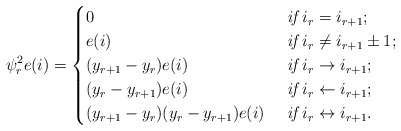
\begin{align*} \psi_r^2e(i)=\begin{cases}0 &\textit{ if } i_r= i_{r+1};\\e(i) &\textit{ if } i_r\neq i_{r+1}\pm 1;\\(y_{r+1}-y_r)e(i) &\textit{ if } i_r\rightarrow i_{r+1};\\(y_r-y_{r+1})e(i) &\textit{ if } i_r\leftarrow i_{r+1};\\(y_{r+1}-y_r)(y_r-y_{r+1})e(i) &\textit{ if } i_r\leftrightarrow i_{r+1}.\end{cases}\end{align*}